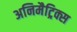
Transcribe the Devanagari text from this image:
अनिमैट्रिक्स